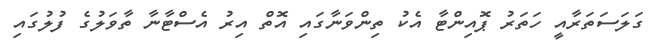
ގަލަސަތަރާއީ ހަތަރު ޕޮއިންޓާ އެކު ތިންވަނާގައި އޮތް އިރު އެސްޓާނާ ތާވަލުގެ ފުލުގައި